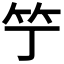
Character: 𥫙